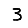
Digit: 3